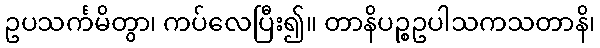
ဥပသင်္ကမိတွာ၊ ကပ်လေပြီး၍။ တာနိပဉ္စဥပါသကသတာနိ၊